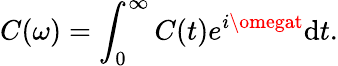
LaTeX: C(\omega)=\int_{0}^{\infty}C(t)e^{i\omegat}\mathrm{d}t.